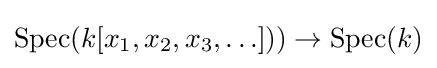
\operatorname {Spec} (k[x_{1},x_{2},x_{3},\ldots ]))\to \operatorname {Spec} (k)